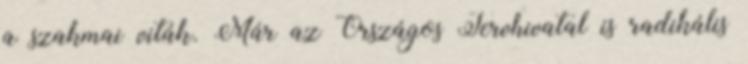
a szakmai viták. Már az Országos Tervhivatal is radikális